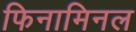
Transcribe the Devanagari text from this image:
फिनामिनल